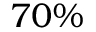
7 0 \%